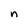
Character: n